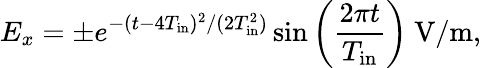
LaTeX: E_{x}=\pm e^{-(t-4T_{\mathrm{in}})^{2}/(2T_{\mathrm{in}}^{2})}\sin{\left(\frac{2\pi t}{T_{\mathrm{in}}}\right)}~\textrm{V/m},